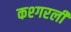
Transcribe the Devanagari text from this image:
कश्गरली